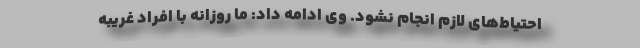
احتیاط‌های لازم انجام نشود. وی ادامه داد: ما روزانه با افراد غریبه